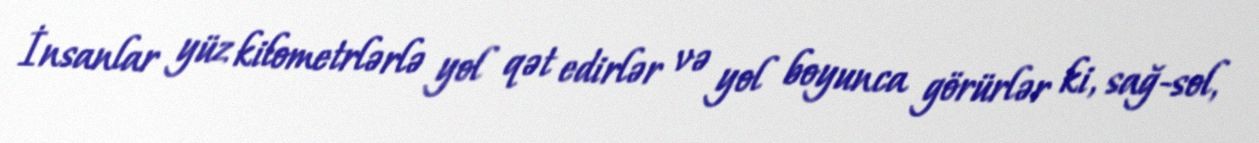
İnsanlar yüz kilometrlərlə yol qət edirlər və yol boyunca görürlər ki, sağ-sol,